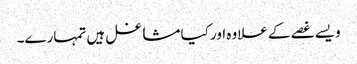
ویسے غصے کے علاوہ اور کیا مشاغل ہیں تمہارے۔